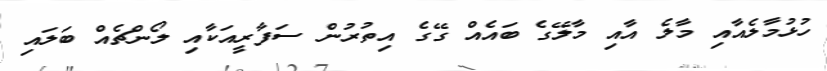
ހުޅުމާލެއާއި މާލެ އާއި މާލޭގެ ބައެއް ގޭގެ އިތުރުން ސަފާރީއަކާއި ލޯންޗެއް ބަލައި